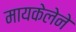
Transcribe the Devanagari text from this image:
मायकेलेने